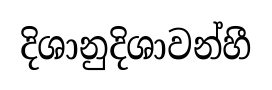
දිශානුදිශාවන්හී